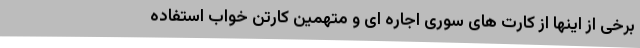
برخی از اینها از کارت های سوری اجاره ای و متهمین کارتن خواب استفاده